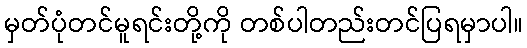
မှတ်ပုံတင်မူရင်းတို့ကို တစ်ပါတည်းတင်ပြရမှာပါ။